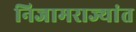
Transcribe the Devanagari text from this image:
निजामराज्यांत